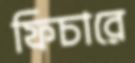
ফিচারে